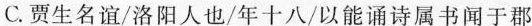
C.贾生名谊/洛阳人也/年十八/以能诵诗属书闻于郡